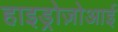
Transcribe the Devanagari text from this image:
हाइड्रोज़ोआई